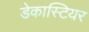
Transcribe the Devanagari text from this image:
डेकास्टियर